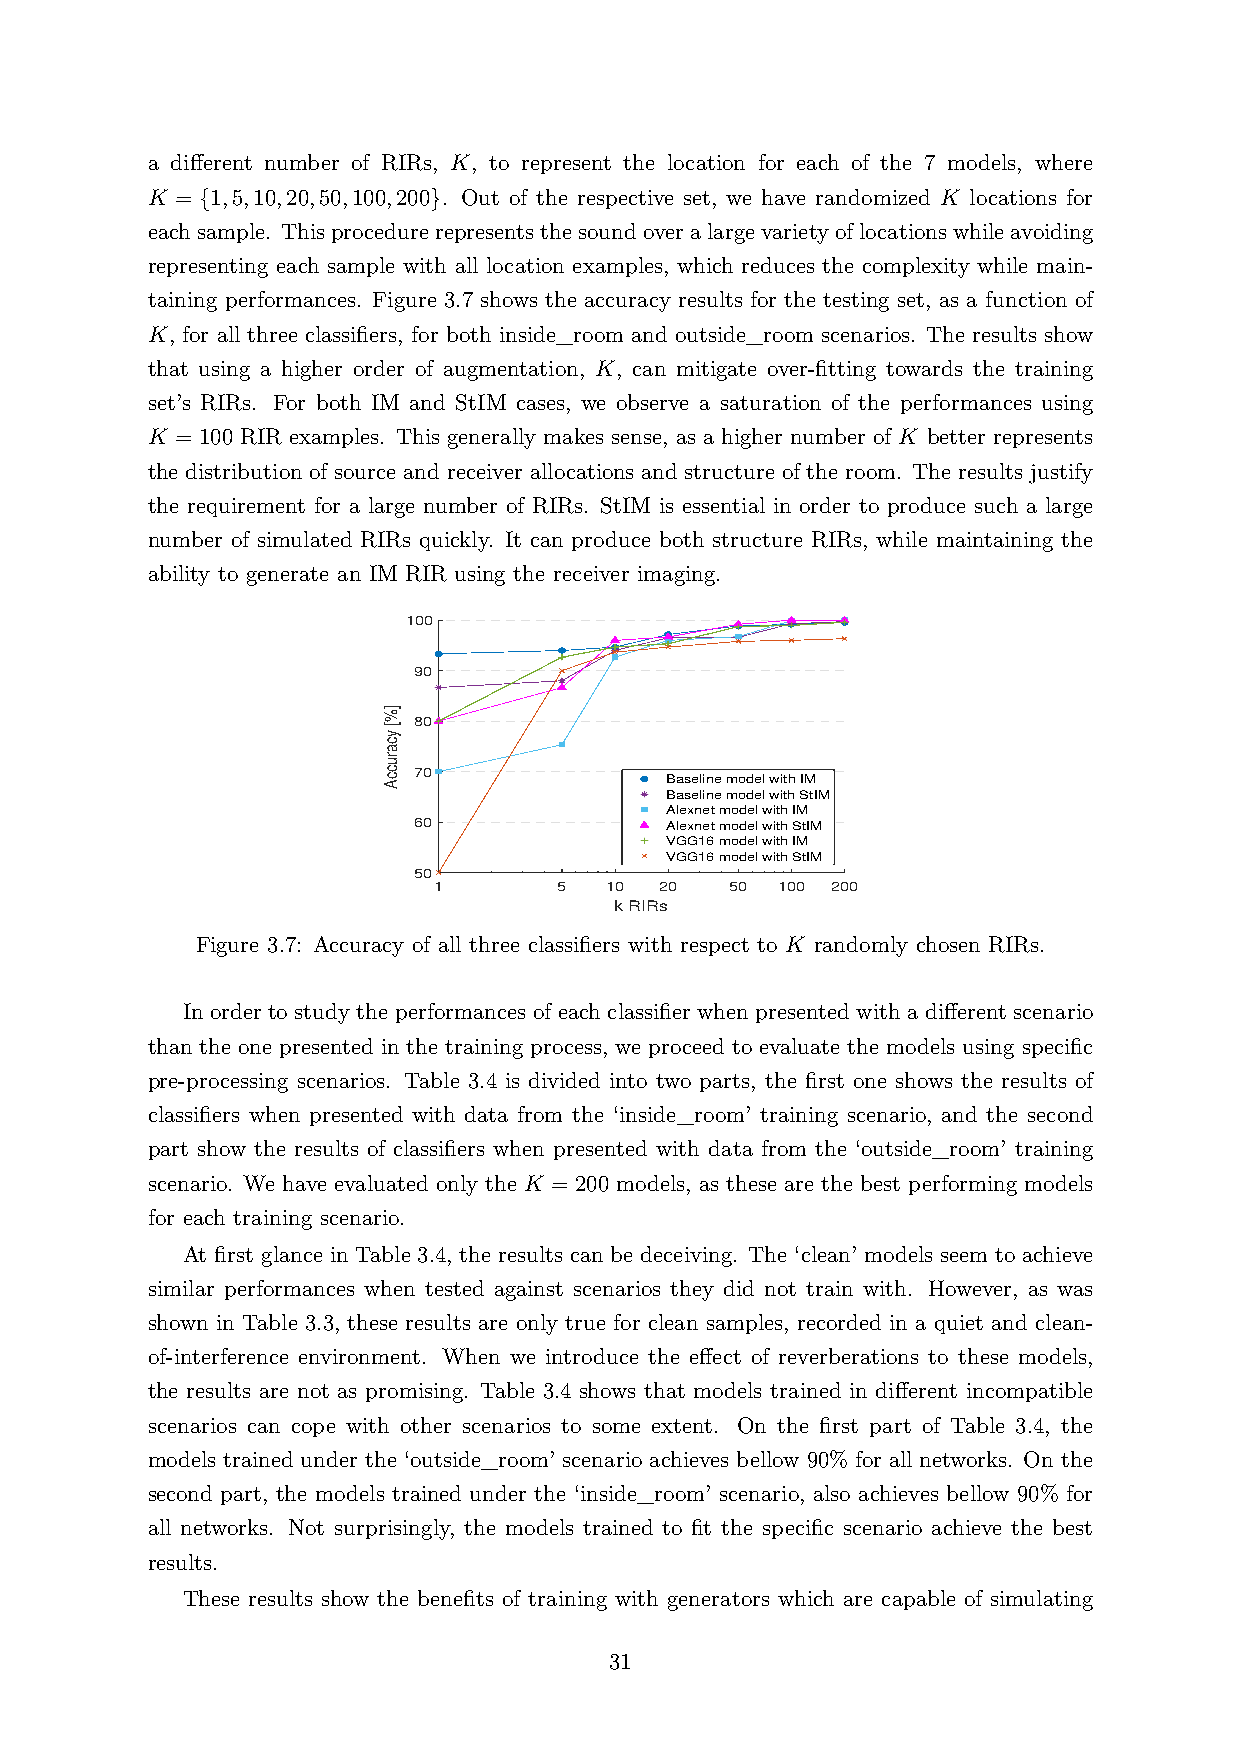
a different number of RIRs, K, to represent the location for each of the 7 models, where
 K = {1,5,10,20,50,100,200}. Out of the respective set, we have randomized K locations for
 eachsample. Thisprocedurerepresentsthesoundoveralargevarietyoflocationswhileavoiding
 representing each sample with all location examples, which reduces the complexity while main-
 taining performances. Figure 3.7 shows the accuracy results for the testing set, as a function of
 K, for all three classifiers, for both inside_room and outside_room scenarios. The results show
 that using a higher order of augmentation, K, can mitigate over-fitting towards the training
 set’s RIRs. For both IM and StIM cases, we observe a saturation of the performances using
 K = 100 RIR examples. This generally makes sense, as a higher number of K better represents
 the distribution of source and receiver allocations and structure of the room. The results justify
 the requirement for a large number of RIRs. StIM is essential in order to produce such a large
 number of simulated RIRs quickly. It can produce both structure RIRs, while maintaining the
 ability to generate an IM RIR using the receiver imaging.
 100
 90
 80
 70
 Baseline model with IM
 Baseline model with StIM
 Alexnet model with IM
 60               Alexnet model with StIM
 VGG16 model with IM
 VGG16 model with StIM
 50
 1       5  10  20  50 100 200
 k RIRs
 Figure 3.7: Accuracy of all three classifiers with respect to K randomly chosen RIRs.
 In order to study the performances of each classifier when presented with a different scenario
 than the one presented in the training process, we proceed to evaluate the models using specific
 pre-processing scenarios. Table 3.4 is divided into two parts, the first one shows the results of
 classifiers when presented with data from the ‘inside_room’ training scenario, and the second
 part show the results of classifiers when presented with data from the ‘outside_room’ training
 scenario. We have evaluated only the K = 200 models, as these are the best performing models
 for each training scenario.
 At first glance in Table 3.4, the results can be deceiving. The ‘clean’ models seem to achieve
 similar performances when tested against scenarios they did not train with. However, as was
 shown in Table 3.3, these results are only true for clean samples, recorded in a quiet and clean-
 of-interference environment. When we introduce the effect of reverberations to these models,
 the results are not as promising. Table 3.4 shows that models trained in different incompatible
 scenarios can cope with other scenarios to some extent. On the first part of Table 3.4, the
 models trained under the ‘outside_room’ scenario achieves bellow 90% for all networks. On the
 second part, the models trained under the ‘inside_room’ scenario, also achieves bellow 90% for
 all networks. Not surprisingly, the models trained to fit the specific scenario achieve the best
 results.
 These results show the benefits of training with generators which are capable of simulating
 31
 ]%[
 ycaruccA